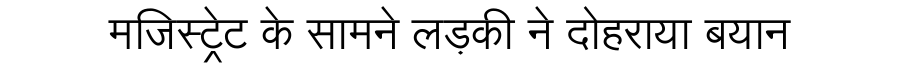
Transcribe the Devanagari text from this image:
मजिस्ट्रेट के सामने लड़की ने दोहराया बयान